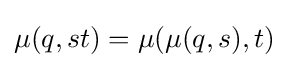
\mu (q,st)=\mu (\mu (q,s),t)